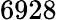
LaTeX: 6928